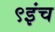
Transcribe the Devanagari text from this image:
९इंच